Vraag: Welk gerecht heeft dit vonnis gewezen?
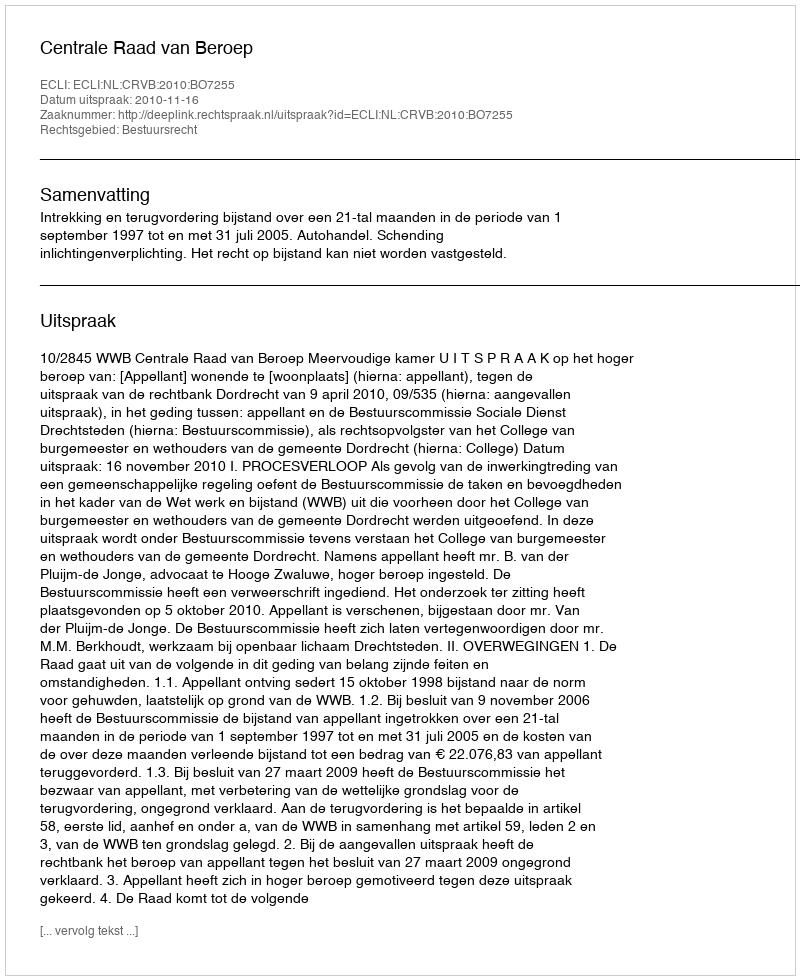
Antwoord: Centrale Raad van Beroep